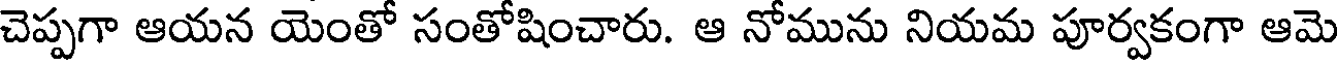
చెప్పగా ఆయన యెంతో సంతోషించారు. ఆ నోమును నియమ పూర్వకంగా ఆమె